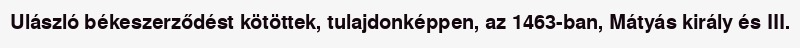
Ulászló békeszerződést kötöttek, tulajdonképpen, az 1463-ban, Mátyás király és III.